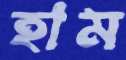
হাম